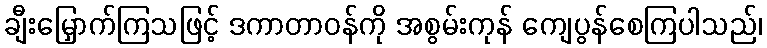
ချီးမြှောက်ကြသဖြင့် ဒကာတာဝန်ကို အစွမ်းကုန် ကျေပွန်စေကြပါသည်၊